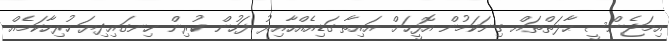
އިމަޖެންސީ ޙާލަތްތައް ގިނަކަމުން އޮފީހަށް އައިތާ ގަޑިއެއްހާއިރު ފަހުން ކުރިން ހިނގައިދިޔަ ހުރިހާކަމެއް